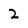
Character: 2